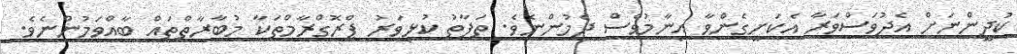
ކުދީންނަށް އެދުވަސްވަރާ އެކަށީގެންވާ އިނާމުވެސް ދެމުންނެވެ. ތަފާތު ކުޅިވަރު ޕްރޮގްރާމްތަކާ މުބާރާތްތައް ބާއްވަމުންނެވެ.